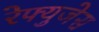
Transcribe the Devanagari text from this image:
रेफ्युजेस